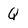
Character: Q